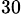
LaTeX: ^{30}